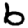
Digit: 6